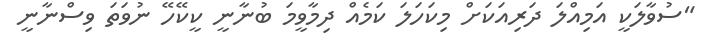
"ސުވާލަކީ އަމިއްލަ ދަރިއަކަށް މިކަހަލަ ކަމެއް ދިމާވީމަ ބުނާނީ ކީކޭހޭ ނުވަތަ ވިސްނާނީ